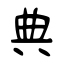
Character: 典